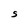
Character: S